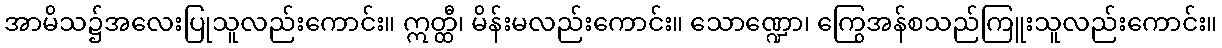
အာမိသ၌အလေးပြုသူလည်းကောင်း။ ဣတ္ထီ၊ မိန်းမလည်းကောင်း။ သောဏ္ဍော၊ ကြွေအန်စသည်ကြူးသူလည်းကောင်း။